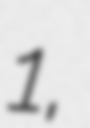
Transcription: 1,